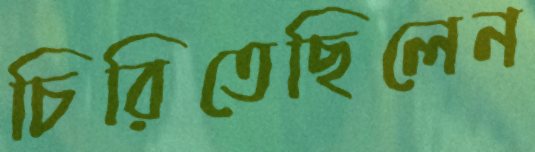
চিরিতেছিলেন